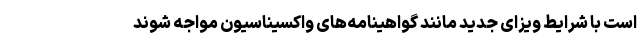
است با شرایط ویزای جدید مانند گواهینامه‌های واکسیناسیون مواجه شوند